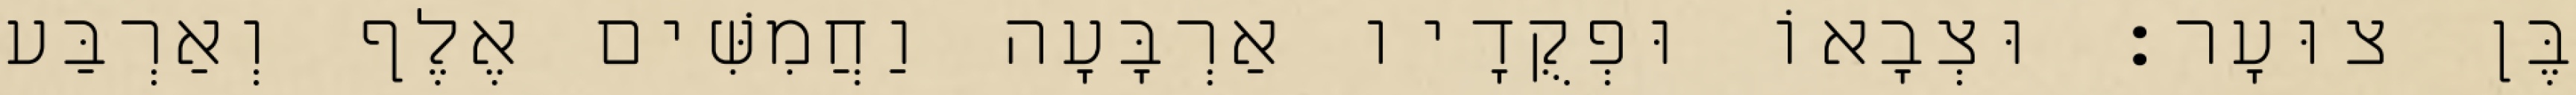
בֶּן צוּעָר׃ וּצְבָאוֹ וּפְקֻדָיו אַרְבָּעָה וַחֲמִשִּׁים אֶלֶף וְאַרְבַּע